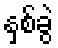
နှစ်ခွဲ